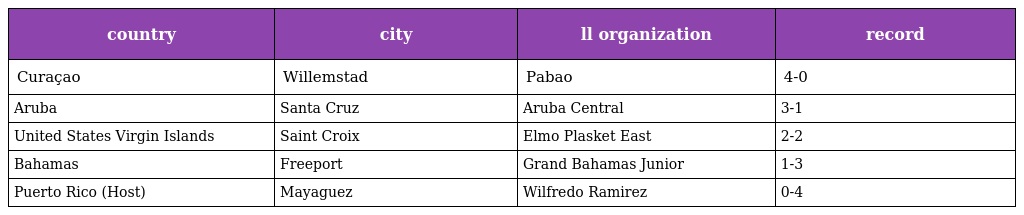
| country | city | ll organization | record |
 | --- | --- | --- | --- |
 | Curaçao | Willemstad | Pabao | 4-0 |
 | Aruba | Santa Cruz | Aruba Central | 3-1 |
 | United States Virgin Islands | Saint Croix | Elmo Plasket East | 2-2 |
 | Bahamas | Freeport | Grand Bahamas Junior | 1-3 |
 | Puerto Rico (Host) | Mayaguez | Wilfredo Ramirez | 0-4 |